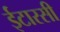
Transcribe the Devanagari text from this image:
ईटारसी